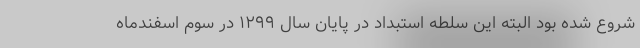
شروع شده بود البته این سلطه استبداد در پایان سال ۱۲۹۹ در سوم اسفندماه